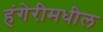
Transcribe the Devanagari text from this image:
हंगेरीमधील